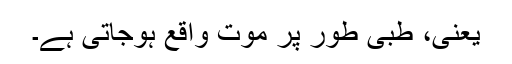
یعنی، طبی طور پر موت واقع ہوجاتی ہے۔